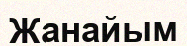
Жанайым